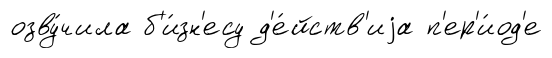
озву́чила б'и́зн'есу д'е́йств'иjа п'ер'и́од'е